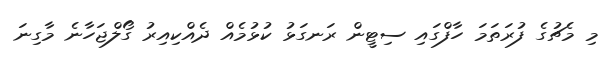
މި މެޗުގެ ފުރަތަމަ ހާފްގައި ސިޓީން ރަނގަޅު ކުޅުމެއް ދެއްކިއިރު ގޯލްޖަހާނެ މާގިނަ